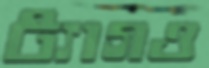
ট্যাগও